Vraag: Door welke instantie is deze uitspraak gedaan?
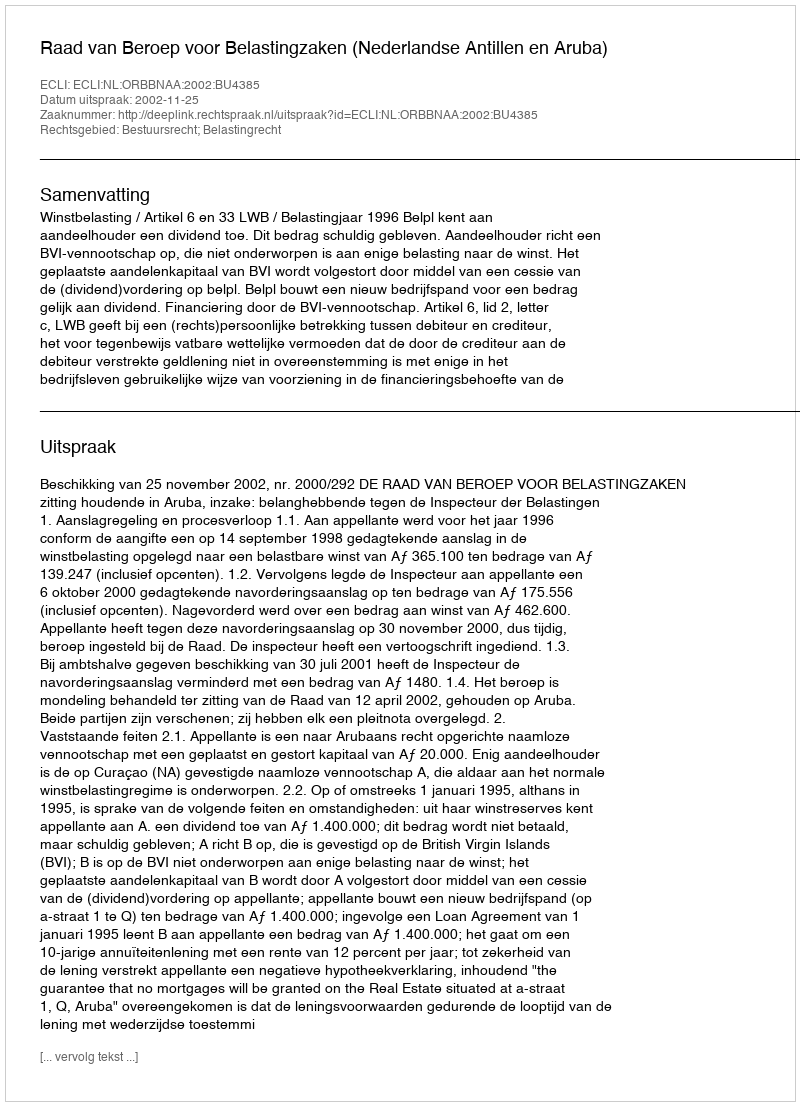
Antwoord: Raad van Beroep voor Belastingzaken (Nederlandse Antillen en Aruba)